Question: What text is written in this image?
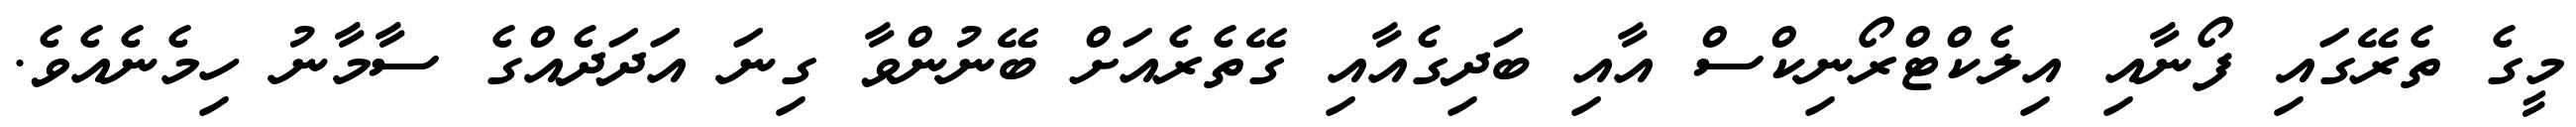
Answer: މީގެ ތެރޭގައި ފޯނާއި އިލެކްޓްރޯނިކްސް އާއި ބަދިގެއާއި ގޭތެރެއަށް ބޭނުންވާ ގިނަ އަދަދެއްގެ ސާމާނު ހިމެނެއެވެ.